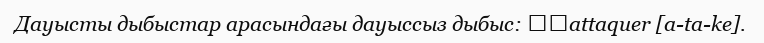
Дауысты дыбыстар арасындағы дауыссыз дыбыс: ​​attaquer [a-ta-ke].